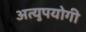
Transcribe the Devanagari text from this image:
अत्युपयोगी